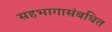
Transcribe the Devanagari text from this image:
सहभागासंबधित